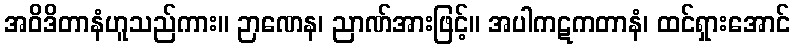
အဝိဒိတာနံဟူသည်ကား။ ဉာဏေန၊ ညာဏ်အားဖြင့်။ အပါကဋကတာနံ၊ ထင်ရှားအောင်